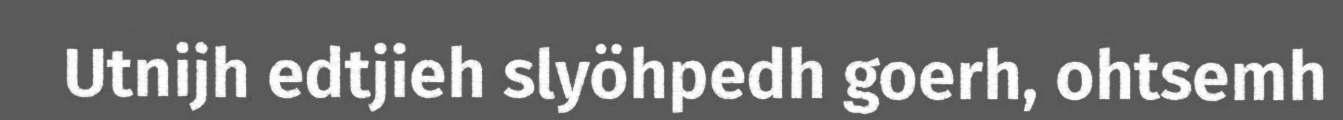
Utnijh edtjieh slyöhpedh goerh, ohtsemh